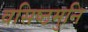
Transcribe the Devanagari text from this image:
वसिष्ठमुनि